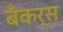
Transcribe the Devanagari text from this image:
बँकर्स